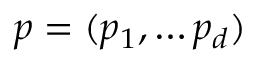
p = ( p _ { 1 } , \ldots p _ { d } )